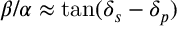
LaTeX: \beta / \alpha \approx \tan ( \delta _ { s } - \delta _ { p } )